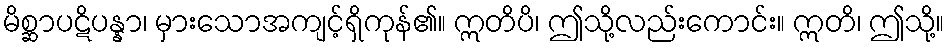
မိစ္ဆာပဋိပန္နာ၊ မှားသောအကျင့်ရှိကုန်၏။ ဣတိပိ၊ ဤသို့လည်းကောင်း။ ဣတိ၊ ဤသို့။